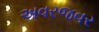
અવરજવર